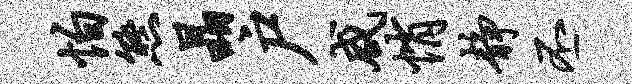
怕熊晶户咸悄静丕